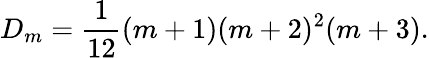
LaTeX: D_{m}=\frac{1}{12}(m+1)(m+2)^{2}(m+3).